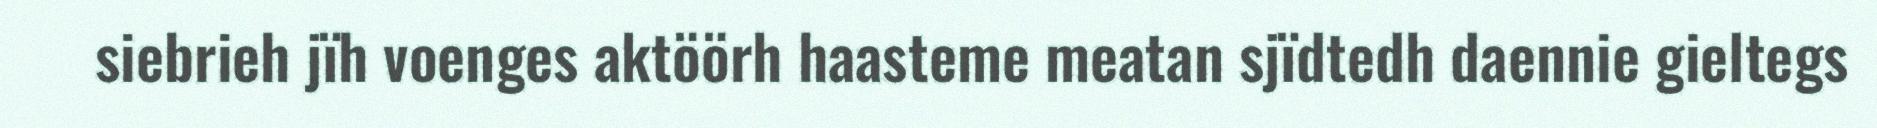
siebrieh jïh voenges aktöörh haasteme meatan sjïdtedh daennie gieltegs